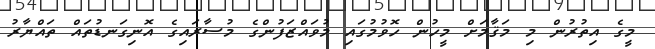
މީގެ އިތުރުން މި މަޤާމަށް މީހުން ހޮވުމުގައި މުވައްޒަފުންގެ މުސާރައިގެ އޮނިގަނޑުތައް ތައްޔާރު